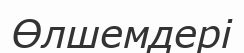
Өлшемдері